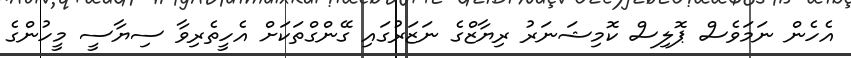
އެހެން ނަމަވެސް ޕޮލިސް ކޮމިޝަނަރު ރިޔާޒްގެ ނަޒަރުގައި ގޭންގްތަކަށް އެހީތެރިވާ ސިޔާސީ މީހުންގެ